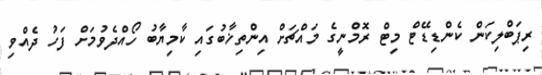
ރިޕަބްލިކަން ކެންޑިޑޭޓް މިޓް ރޮމްނީގެ މައްޗަށް އިންތިޚާބުގައި ކާމިޔާބު ހޯއްދެވުމަށް ފަހު ދެއްވި